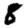
Digit: 8